Report of the Hyderabad Chloroform Commission
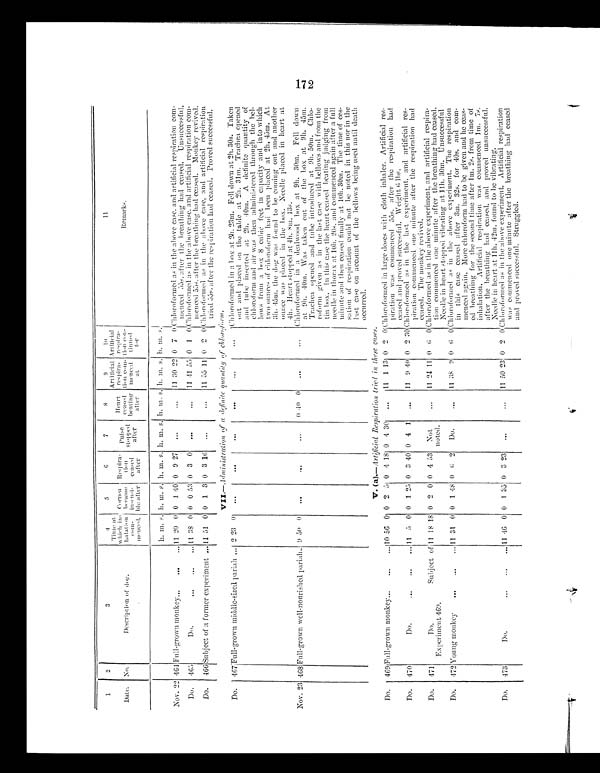
1
2
3
4
5
6
7
8
9
1 0
11
Date.
N o .
Description of dog.
Time at which in-
h a l a t i o n c o m - m e n c e d .
Cor nea became i ns ens i - bl e af t er Respira-tion ceased after
P u l s e s t o p p e d
a f t e r
He a r t c e a s e d be a t i ng a f t e r
A r t i f i c i a l r e s p i r a - t i o n c o m - m e n c e d at
Ar t i f i ci al r espi r a- t i on con- t i nued f or
Remarks.
h . m. s . h.
m. s . h.
m. s . h. m. s. h.
m. s . h . m. s. h.
m.
s .
Nov. 22 464 Full-grown monkey . . . 11 20 0 0 1 40 0 9 27 . . .
. . .
11 30 22 0 7 0 Chloroformed as in the above case. and artificial respiration
c o m -
menced 55s. after the breathing had ceased. Unsuccessful.
Do.
465
Do. . . . 11 38 0 0 0 53 0 3 0
. . .
. . .
11 41 55 0 1 0 Chloroformed as in the above case. and artificial respiration com-
menced 55s. after the breathing had ceased. Monkey revived.
Do.
466Subject of a former experiment . . . 11 51 0 0 1 3 0 3 10
. . .
. . .
11 55 11 0 2
0
C h l o r o f o r m e d a s i n t h e a b o v e c a s e , a n d a r t i f i c i a l r e s p i r a t i o n t r i e d 5 5 s , a f t e r t h e r e s p i r a t i o n h a d c e a s e d . p r o v e d s u c c e s s f u l .
VII .—.Administration of a definite quantity of chloroform.
Do.
467 Full-grown middle-sized pariah . . . 2 23 0
. . .
. . .
. . .
. . .
. . .
. . .
Chl or of or me d i n a box a t 2h. 23m. Fe l l down a t 2h. 30s . Ta ke n out a nd pl a c e d on t he t a bl e a t 2h. 31m. Tr a c he n ope ne d a nd t ube i ns e r t e d a t 2h. 40m. A de f i ni t e qua nt i t y of c hl or of or m a nd a i r wa s t he n a dmi ni s t e r e d t hr ough t he be l - l ows f r om a box 8 c ubi c f e e t i n Ca pa c i t y a nd i nt o whi c h t wo ounc e s of c hl or of or m ha d be e n pl a c e d a t 2h. 45m. At
3h. 45m. the dog was found to be coming out and another
ounce was placed in the box. Needle placed in heart at
4h. Heart stopped at 4h. 8m. 13s.
Nov. 23
4 6 8 Full-grown well-nourished pariah . . . 9 50
0
. . .
. . .
. . . 0 40 0
. . .
. . .
Chloroformed in a dealwood box at 9h. 30m. Fell down
at
9h.40m. Was taken out of the box at 9h. 4
5m. Trachea opened and tube introduced at 9h. 50m. Chlo
-roform given as in the last case With bellows and from the
tin box. In this case the heart ceased beating judging front
needle in thorax at 10h. 20s. and commenced again after a full
minute and then ceased finally at 10h. 30m. The time of ces-
sation of respiration could not be noted in this nor in the
last case on account of the bellows being used until death
occurred.
V. (a).—.Artificial Respiration tried in these c a s e .
Do.
469 Full-grown monkey . . . 10 50 0 0 2 5 0 4 18 0 4 30
. . .
11 1 13 0 2 0 Chloroformed in large doses with cloth inhaler. Artificial res-
piration wascommenced
55s. after the respiration had
ceased and proved successful. Weight 6 lbs.
Do.
470
Do. . . . 11 5 0 0 1
2 5 0 3 40 0 4 1
. . .
11 9 40 0 2 30 Chloroformed as in the Last experiment, and artificial res-
piration commenced one minute after the respiration had
ceased. The monkey revived.
Do.
471
Do.
Subject of
Experiment 469.
11 18 18 0 2 0 0 4 53
Not
noted.
. . .
1 1 24 11 0
6 0 Chloroformed as in the above experiment, and artificial
res-piration commenced one minute after the breathing had ceased. Needle in heart stopped vibrating at 11h. 30m. Unsuccessful
Do.
472 Young monkey . . .
11 31 0 0 1 48 0 6 2
Do.
. . .
11 38 9 0
6
0
Do.
4 7 3
Do. . . .
11 46 0 0
1
3 5 0 3 23
. . .
. . .
11 50 23 0 2 0 Chloroformed as in the above experiment. Artificial respiration
was commenced one minute after the breathing had ceased
and proved successful. Struggled.